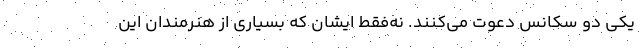
یکی دو سکانس دعوت می‌کنند. نه‌فقط ایشان که بسیاری از هنرمندان این